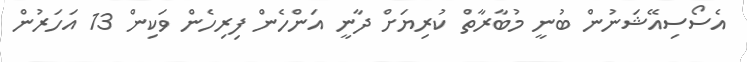
އެސޯސިއޭޝަނުން ބުނީ މުބާރާތް ކުރިޔަށް ދާނީ އަންހެން ފިރިހެން ވަކިން 13 އަހަރުން